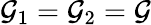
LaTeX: \mathcal{G}_{1}=\mathcal{G}_{2}=\mathcal{G}